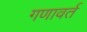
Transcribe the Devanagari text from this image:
गणावर्त